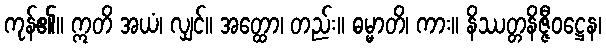
ကုန်၏။ ဣတိ အယံ၊ လျှင်။ အတ္ထော၊ တည်း။ ဓမ္မာတိ၊ ကား။ နိဿတ္တနိဇ္ဇီဝဋ္ဌေန၊